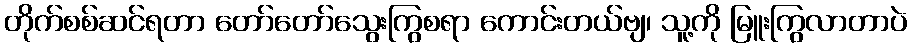
တိုက်စစ်ဆင်ရတာ တော်တော်သွေးကြွစရာ ကောင်းတယ်ဗျ၊ သူ့ကို မြူးကြွလာတာပဲ